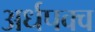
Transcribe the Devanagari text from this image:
अर्धपक्व